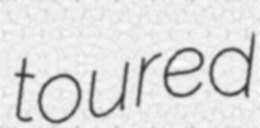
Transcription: toured